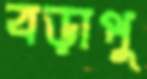
বড়াপু